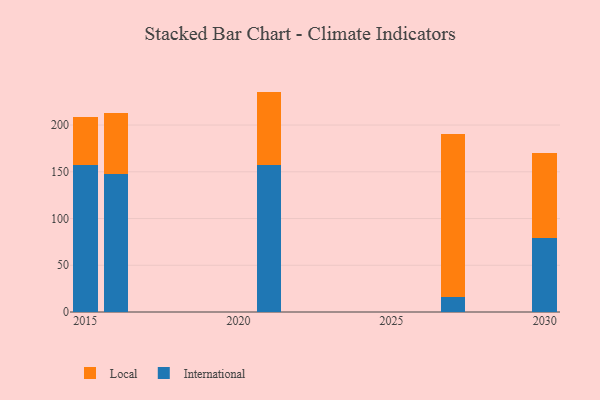
{"axis": {"x": "Year", "y": "Gross Profit (USD K)"}, "legend": ["International", "Local"], "data": [{"x": "2021", "y": 156.9, "type": "International"}, {"x": "2021", "y": 78.9, "type": "Local"}, {"x": "2030", "y": 79.2, "type": "International"}, {"x": "2030", "y": 90.9, "type": "Local"}, {"x": "2016", "y": 147.3, "type": "International"}, {"x": "2016", "y": 65.1, "type": "Local"}, {"x": "2027", "y": 16.2, "type": "International"}, {"x": "2027", "y": 174.7, "type": "Local"}, {"x": "2015", "y": 156.9, "type": "International"}, {"x": "2015", "y": 52.1, "type": "Local"}]}